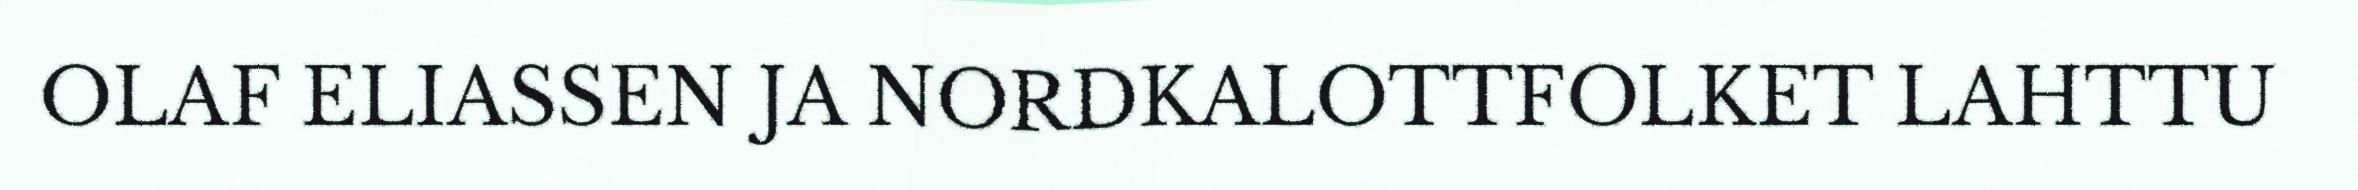
OLAF ELIASSEN JA NORDKALOTTFOLKET LAHTTU